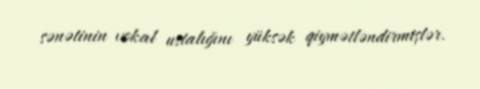
sənətinin vokal ustalığını yüksək qiymətləndirmişlər.